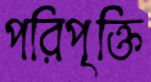
পরিপৃক্তি